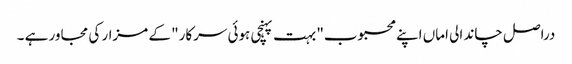
دراصل چاند الی اماں اپنے محبوب" بہت پہنچی ہوئی سرکار" کے مزار کی مجاور ہے ۔